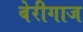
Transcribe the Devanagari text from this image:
बेरीगाज